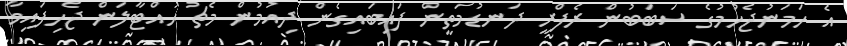
އެ ހަމަނުޖެހުމުގެ ސަބަބުން ރެފްރީ ދަނޑުމަތީން ފައިބައިގެން ދިއުމުން މެޗު ހުއްޓާލަން ޖެހިފައިވާ